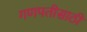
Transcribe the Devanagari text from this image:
गणपतीसाठी